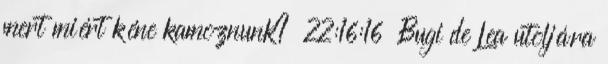
mert miért kéne kamoznunk? 22:16:16 Bugi de Lea utoljára